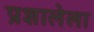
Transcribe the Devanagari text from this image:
प्रशालेला